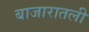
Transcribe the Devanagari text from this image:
बाजारातली